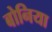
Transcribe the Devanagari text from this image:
बोनिया